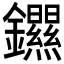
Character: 𫓣